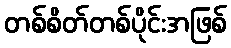
တစ်စိတ်တစ်ပိုင်းအဖြစ်